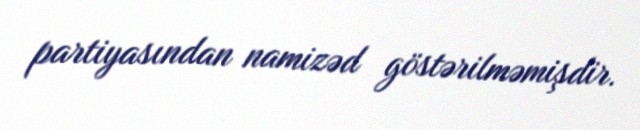
partiyasından namizəd göstərilməmişdir.